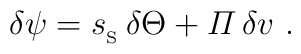
\delta\psi={s_{_{\rm S}}}\,\delta\Theta+{\mit\Pi}\,\delta v \ .